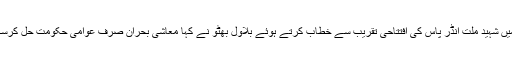
کراچی میں شہید ملت انڈر پاس کی افتتاحی تقریب سے خطاب کرتے ہوئے بلاول بھٹو نے کہا معاشی بحران صرف عوامی حکومت حل کرسکتی ہے۔